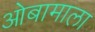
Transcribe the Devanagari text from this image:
ओबामाला